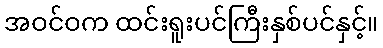
အဝင်ဝက ထင်းရူးပင်ကြီးနှစ်ပင်နှင့်။